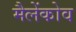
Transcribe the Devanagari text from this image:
मैलेंकोव